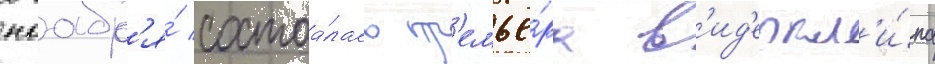
ноабр'я́ состоа́лась пр'емье́ра в'ид'еокл'и́па